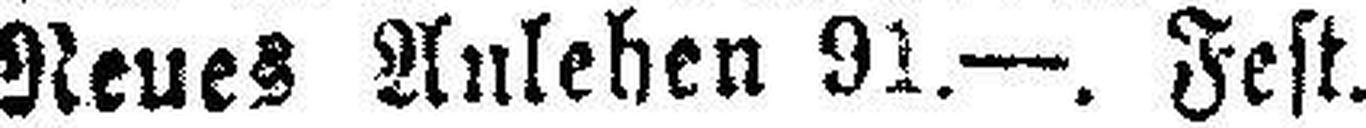
Neues Anlehen 91.—. Fest.